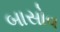
બાસોવ